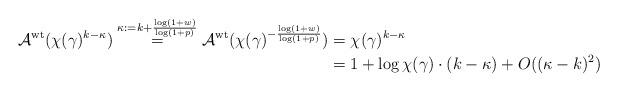
LaTeX: \begin{align*} \mathcal{A}^{\rm wt}(\chi (\gamma)^{k-\kappa})\stackrel{\kappa:=k+\frac{\log(1+w)}{\log(1+p)}}{=}\mathcal{A}^{\rm wt}(\chi (\gamma)^{-\frac{\log(1+w)}{\log(1+p)}})&= \chi (\gamma)^{k-\kappa}\\ &=1+\log\chi(\gamma)\cdot (k-\kappa) + O((\kappa-k)^2) \end{align*}